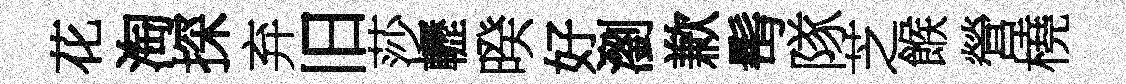
花淘探弃旧莎轣暌好瀏歉髩隊芝餱營橈